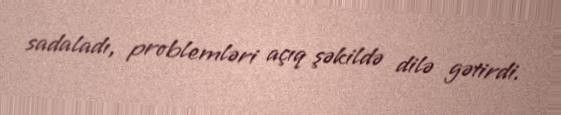
sadaladı, problemləri açıq şəkildə dilə gətirdi.